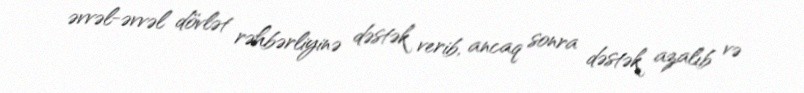
əvvəl-əvvəl dövlət rəhbərliyinə dəstək verib, ancaq sonra dəstək azalıb və